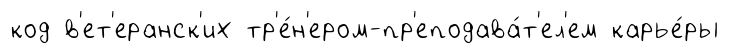
код в'ет'еранск'их тр'е́н'ером-пр'еподава́т'ел'ем карье́ры